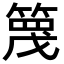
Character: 𥱡